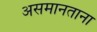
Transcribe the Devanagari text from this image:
असमानताना